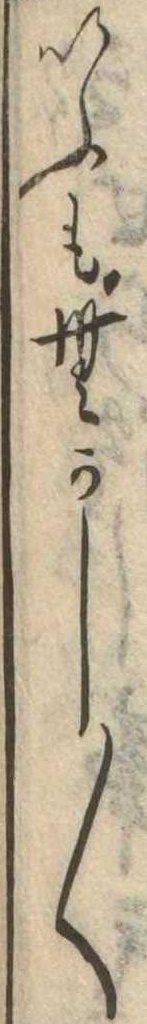
いふもむかし〱